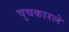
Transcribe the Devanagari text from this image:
चुचकारले